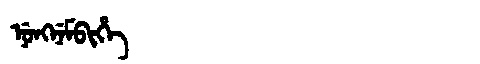
Manchu: ᠨᡠᠩᠨᡝᠮᠪᡳᡥᡝ
Romanization: NUNGNEMBIHE